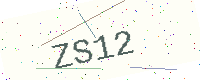
Text: ZS12